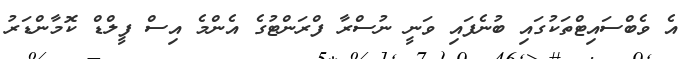
އެ ވެބްސައިޓްތަކުގައި ބުނެފައި ވަނީ ނުސްރާ ފްރަންޓުގެ އެންމެ އިސް ފީލްޑް ކޮމާންޑަރު